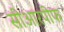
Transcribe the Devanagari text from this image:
सीआरपीफ